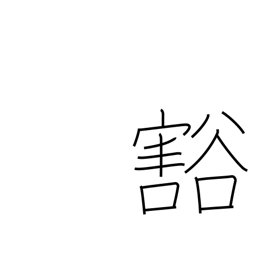
Meaning: empty